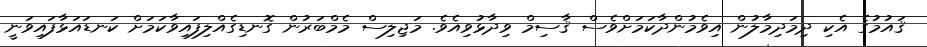
ޤައުމުގެ އެކި ދިމަދިމާލުން އިވެމުންދާކަމަށްވެސް ޤާސިމް ވިދާޅުވިއެވެ. މަޖިލިސް މެމްބަރުން ގޮނޑިގެއްލިފައިވާކަމަށް ކަނޑައަޅާފައިވަނީ